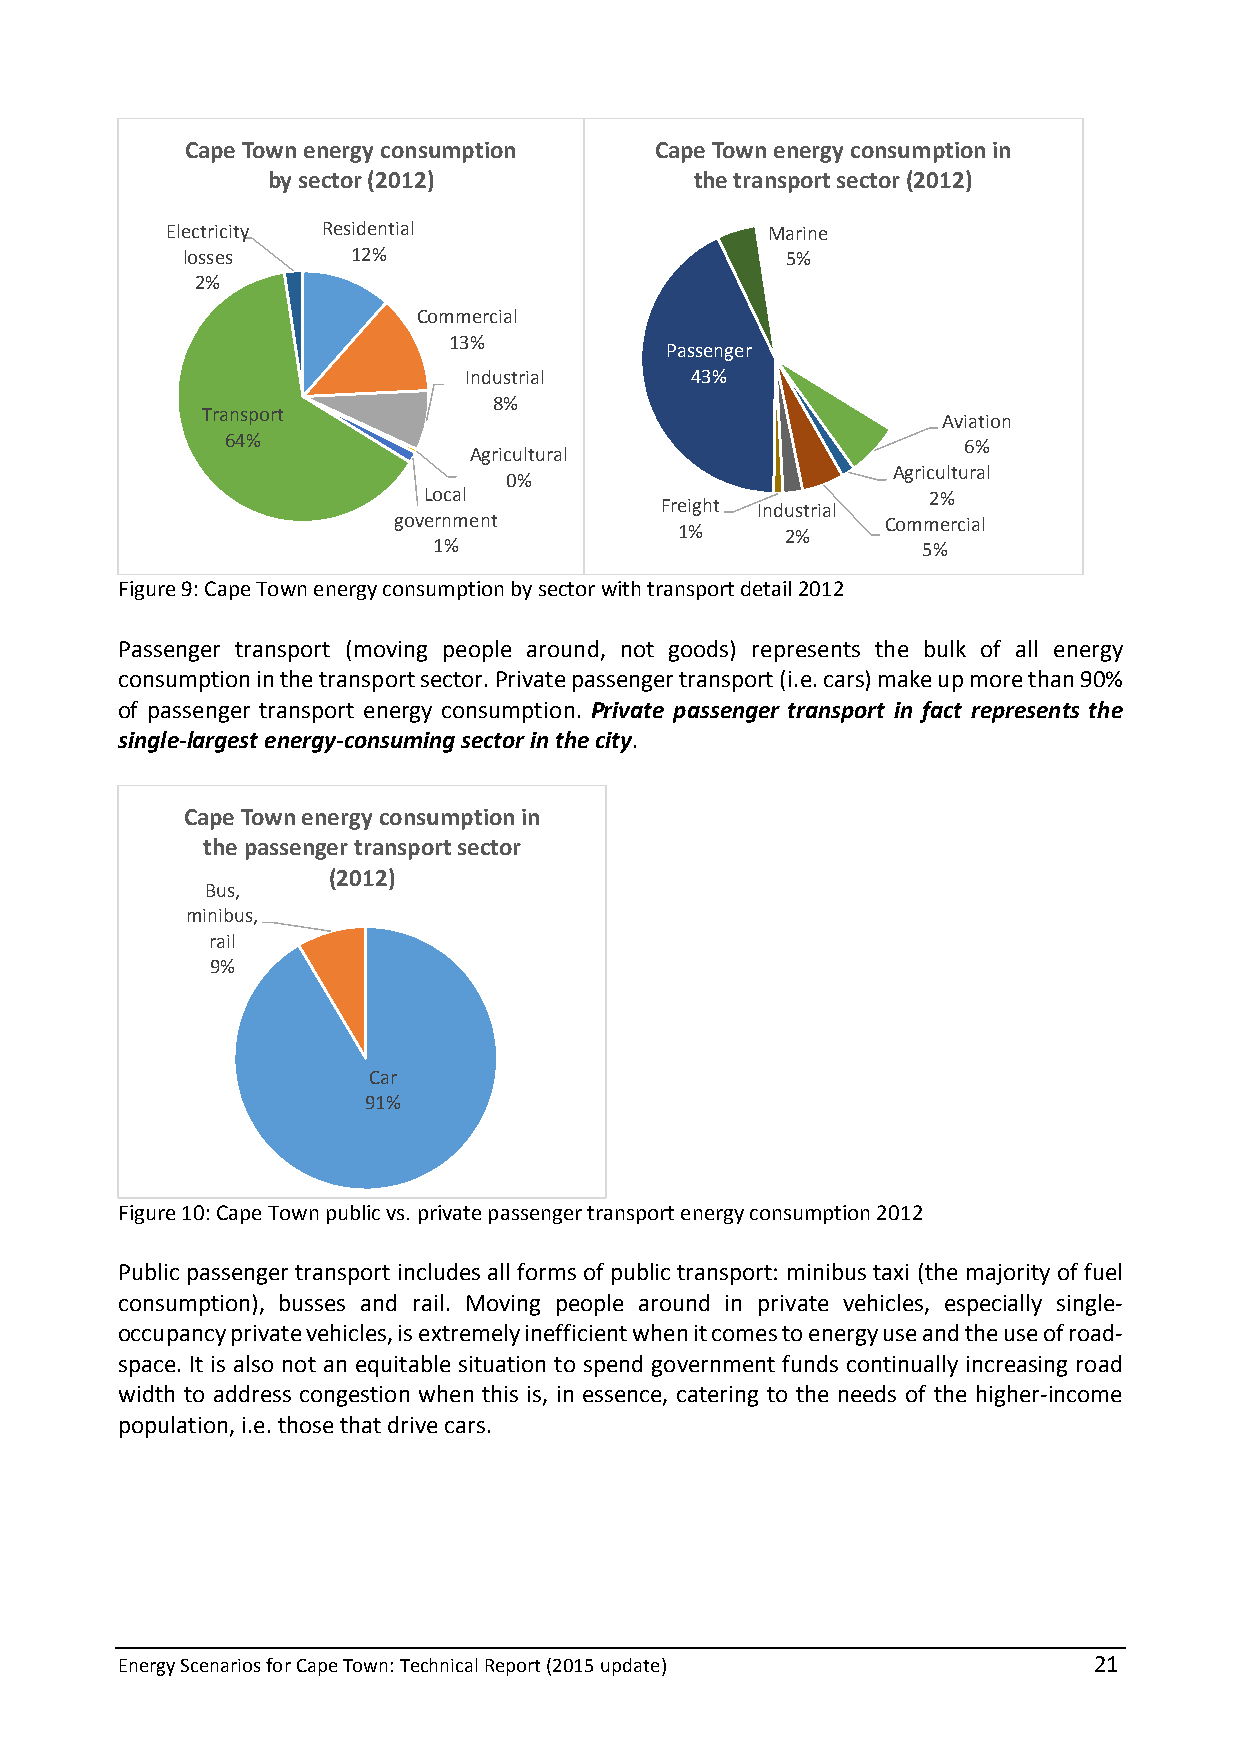
Cape Town energy consumption   Cape Town energy consumption in
 by sector (2012)            the transport sector (2012)
 Electricity Residential                 Marine
 losses     12%                          5%
 2%
 Commercial
 13%
 Passenger
 Industrial     43%
 8%
 Transport
 Aviation
 64%
 6%
 Agricultural
 Agricultural
 0%
 Local                            2%
 Freight Industrial
 government                       Commercial
 1%     2%
 1%                              5%
 Figure 9: Cape Town energy consumption by sector with transport detail 2012
 Passenger transport (moving people around, not goods) represents the bulk of all energy
 consumption in the transport sector. Private passenger transport (i.e. cars) make up more than 90%
 of passenger transport energy consumption. Private passenger transport in fact represents the
 single-largest energy-consuming sector in the city.
 Cape Town energy consumption in
 the passenger transport sector
 (2012)
 Bus,
 minibus,
 rail
 9%
 Car
 91%
 Figure 10: Cape Town public vs. private passenger transport energy consumption 2012
 Public passenger transport includes all forms of public transport: minibus taxi (the majority of fuel
 consumption), busses and rail. Moving people around in private vehicles, especially single-
 occupancy private vehicles, is extremely inefficient when it comes to energy use and the use of road-
 space. It is also not an equitable situation to spend government funds continually increasing road
 width to address congestion when this is, in essence, catering to the needs of the higher-income
 population, i.e. those that drive cars.
 Energy Scenarios for Cape Town: Technical Report (2015 update)  21